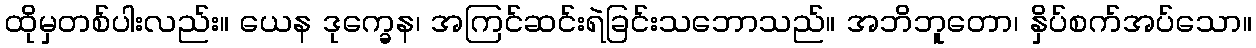
ထိုမှတစ်ပါးလည်း။ ယေန ဒုက္ခေန၊ အကြင်ဆင်းရဲခြင်းသဘောသည်။ အဘိဘူတော၊ နှိပ်စက်အပ်သော။